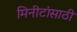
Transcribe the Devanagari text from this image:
मिनीटांसाठी